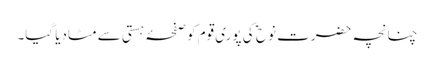
چنانچہ حضرت نوح ؑ کی پوری قوم کو صفحۂ ہستی سے مٹادیا گیا۔